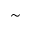
\sim